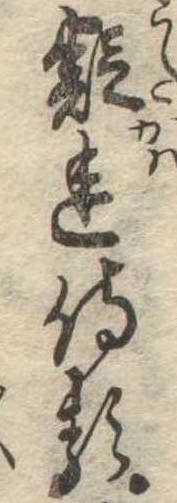
疑れ侍る